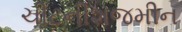
ચીટનીશજમીન